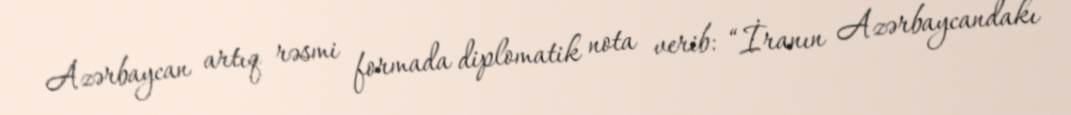
Azərbaycan artıq rəsmi formada diplomatik nota verib: “İranın Azərbaycandakı